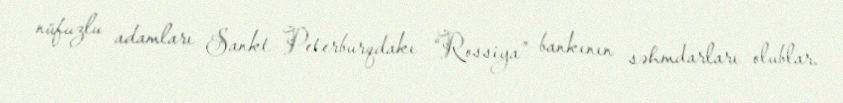
nüfuzlu adamları Sankt-Peterburqdakı “Rossiya” bankının səhmdarları olublar.